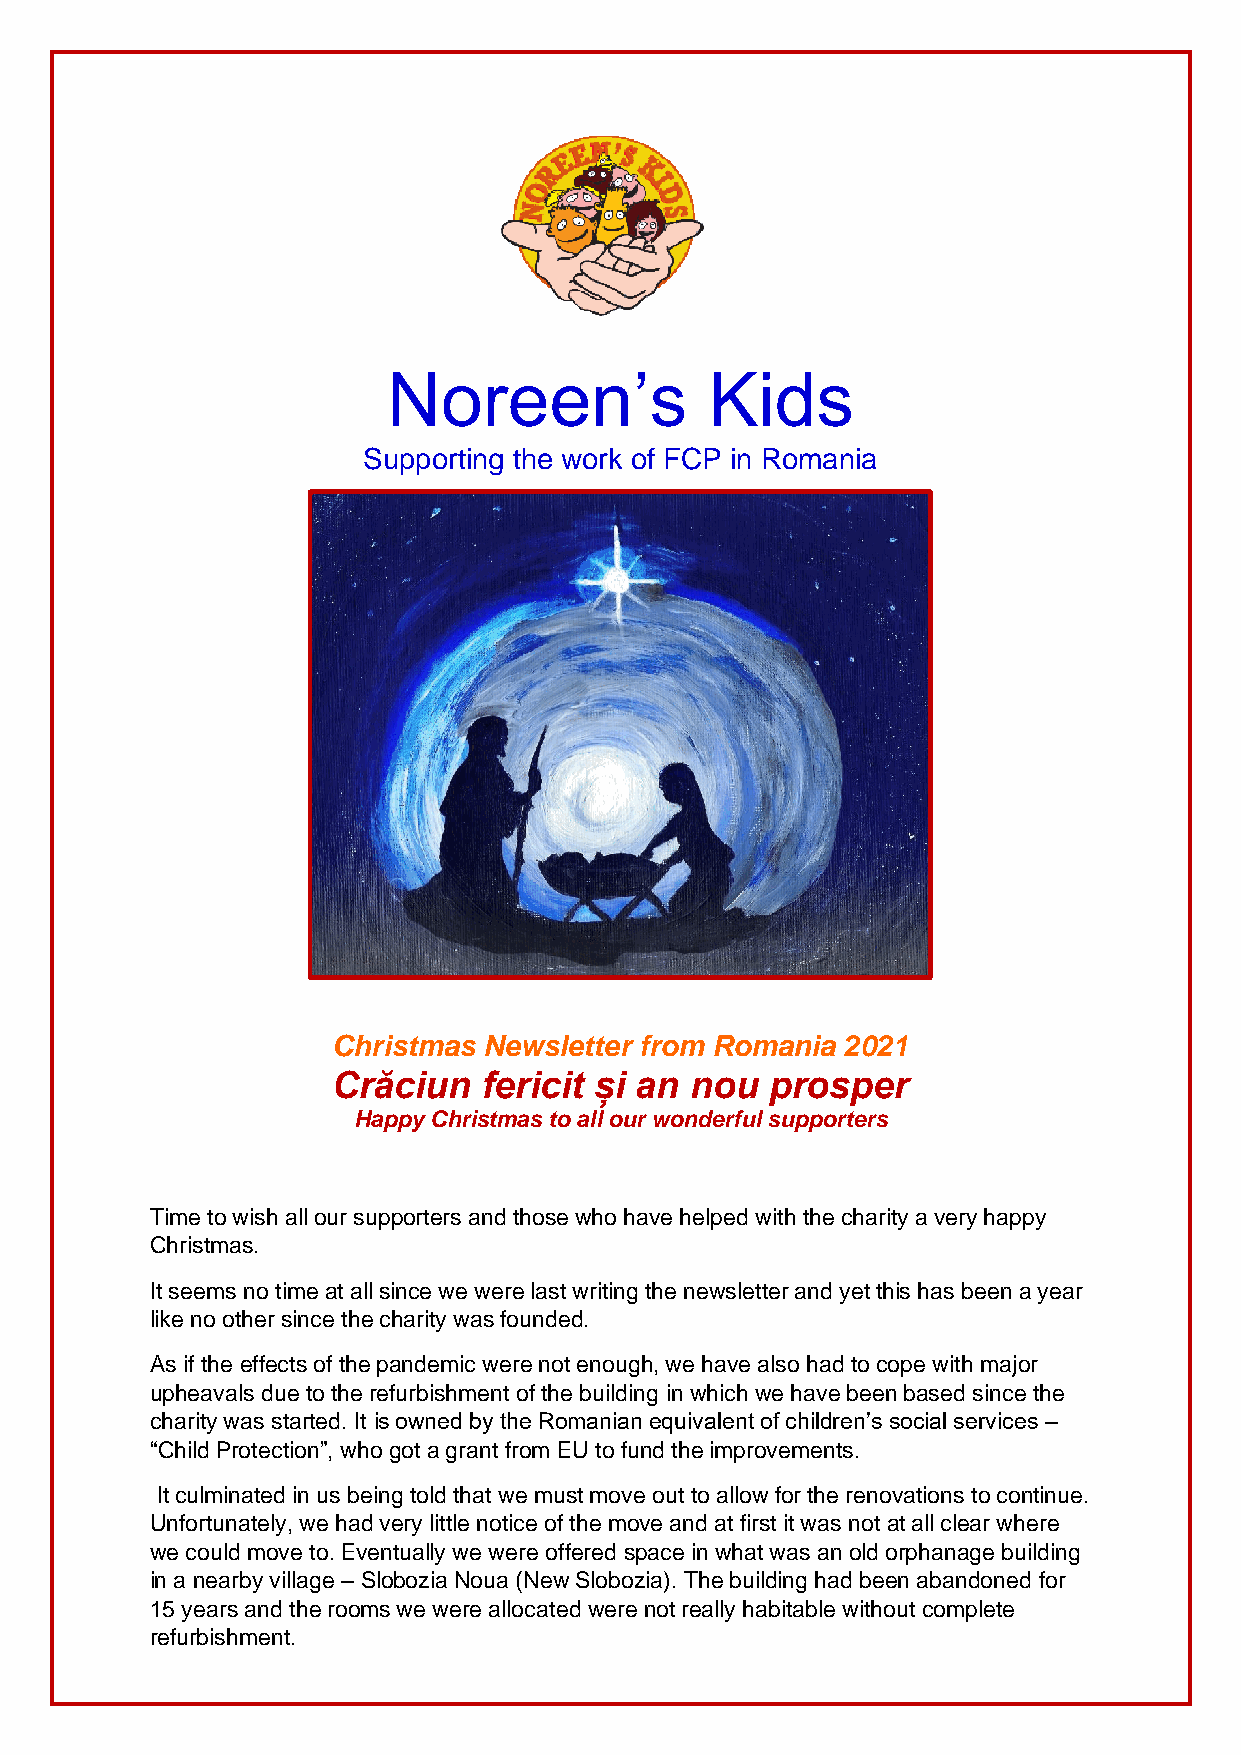
Noreen’s             Kids
 Supporting the work of FCP in Romania
 Christmas Newsletter from Romania 2021
 Crăciun   fericit și an nou  prosper
 Happy Christmas to all our wonderful supporters
 Time to wish all our supporters and those who have helped with the charity a very happy
 Christmas.
 It seems no time at all since we were last writing the newsletter and yet this has been a year
 like no other since the charity was founded.
 As if the effects of the pandemic were not enough, we have also had to cope with major
 upheavals due to the refurbishment of the building in which we have been based since the
 charity was started. It is owned by the Romanian equivalent of children’s social services –
 “Child Protection”, who got a grant from EU to fund the improvements.
 It culminated in us being told that we must move out to allow for the renovations to continue.
 Unfortunately, we had very little notice of the move and at first it was not at all clear where
 we could move to. Eventually we were offered space in what was an old orphanage building
 in a nearby village – Slobozia Noua (New Slobozia). The building had been abandoned for
 15 years and the rooms we were allocated were not really habitable without complete
 refurbishment.